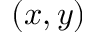
( x , y )